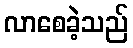
လာစေခဲ့သည်